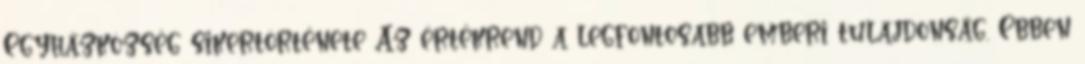
Egyházközség sikertörténete Az értékrend a legfontosabb emberi tulajdonság. Ebben